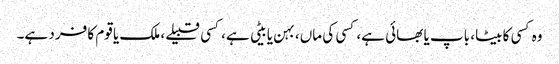
وہ کسی کا بیٹا، باپ یا بھائی ہے، کسی کی ماں، بہن یا بیٹی ہے، کسی قبیلے، ملک یا قوم کا فرد ہے۔